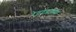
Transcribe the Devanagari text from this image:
रेवदंड्याच्या